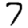
Digit: 7